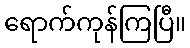
ရောက်ကုန်ကြပြီ။